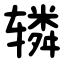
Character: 辚